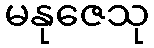
မနုဇေသု